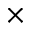
\times